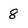
Character: 8